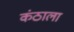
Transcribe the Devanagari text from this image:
कंठाला